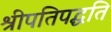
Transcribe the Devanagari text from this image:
श्रीपतिपद्धति